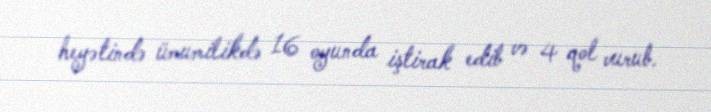
heyətində ümumilikdə 16 oyunda iştirak edib və 4 qol vurub.